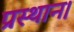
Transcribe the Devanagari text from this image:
प्रस्‍थान।